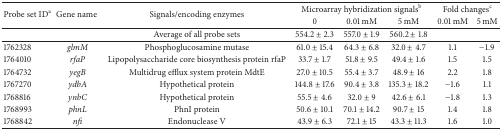
| <ROWSPAN=2> Probe set IDa | <ROWSPAN=2> Gene name | <ROWSPAN=2> Signals/encoding enzymes | <COLSPAN=3> Microarray hybridization signalsb | <COLSPAN=2> Fold changesc |
 | 0 | 0.01 mM | 5 mM | 0.01 mM | 5 mM |
 | --- | --- | --- | --- | --- | --- | --- | --- |
 |  |  | Average of all probe sets | 554.2 ± 2.3 | 557.0 ± 1.9 | 560.2 ± 1.8 |  |  |
 | 1762328 | glmM | Phosphoglucosamine mutase | 61.0 ± 15.4 | 64.3 ± 6.8 | 32.0 ± 4.7 | 1.1 | −1.9 |
 | 1764010 | rfaP | Lipopolysaccharide core biosynthesis protein rfaP | 33.7 ± 1.7 | 51.8 ± 9.5 | 49.4 ± 1.6 | 1.5 | 1.5 |
 | 1764732 | yegB | Multidrug efflux system protein MdtE | 27.0 ± 10.5 | 55.4 ± 3.7 | 48.9 ± 16 | 2.2 | 1.8 |
 | 1767270 | ydbA | Hypothetical protein | 144.8 ± 17.6 | 90.4 ± 3.8 | 135.3 ± 18.2 | −1.6 | 1.1 |
 | 1768816 | ynbC | Hypothetical protein | 55.5 ± 4.6 | 32.0 ± 9 | 42.6 ± 6.1 | −1.8 | 1.3 |
 | 1768993 | phnL | PhnI protein | 50.6 ± 10.1 | 70.1 ± 14.2 | 90.7 ± 15 | 1.4 | 1.8 |
 | 1768842 | nfi | Endonuclease V | 43.9 ± 6.3 | 72.1 ± 15 | 43.3 ± 11.3 | 1.6 | 1.0 |